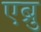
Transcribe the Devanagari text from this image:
एब्रु